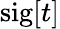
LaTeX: \mathrm{sig}[t]